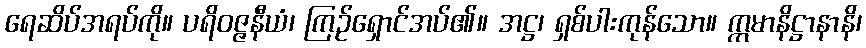
ရေဆိပ်အရပ်ကို။ ပရိဝဇ္ဇနီယံ၊ ကြဉ်ရှောင်အပ်၏။ အဋ္ဌ၊ ရှစ်ပါးကုန်သော။ ဣမာနိဋ္ဌာနာနိ၊